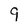
Character: 9